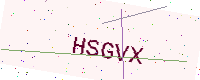
Text: HSGVX